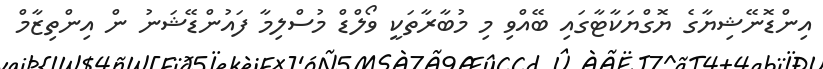
އިންޑޮނޭޝިޔާގެ ޔޮގްޔަކާޓާގައި ބޭއްވި މި މުބާރާތަކީ ވޯލްޑް މުސްލިމާ ފައުންޑޭޝަނު ން އިންތިޒާމް